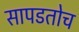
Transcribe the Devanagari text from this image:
सापडतोच